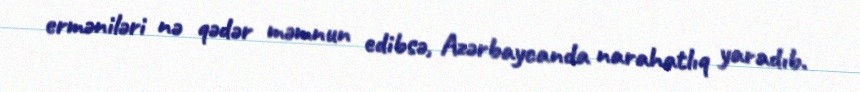
erməniləri nə qədər məmnun edibsə, Azərbaycanda narahatlıq yaradıb.